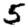
Digit: 5